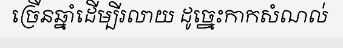
ច្រើនឆ្នាំដើម្បីរលាយ ដូច្នេះកាកសំណល់